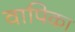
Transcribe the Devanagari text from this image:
वापिका